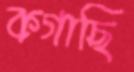
কগাছি